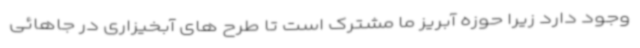
وجود دارد زیرا حوزه آبریز ما مشترک است تا طرح های آبخیزاری در جاهائی